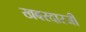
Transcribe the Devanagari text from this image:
खबरदारजी